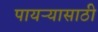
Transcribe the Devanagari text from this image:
पायऱ्यासाठी